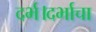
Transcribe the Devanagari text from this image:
दर्भ।दर्भाचा